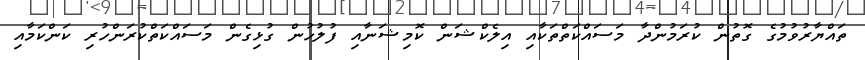
ތައްޔާރުވުމުގެ ގޮތުން ކުރަމުންދާ މަސައްކަތްތަކާއި އިލެކްޝަން ކޮމިޝަނާއި ފުލުހުން ގުޅިގެން މަސައްކަތްކުރަންހުރި ކަންކަމާއި